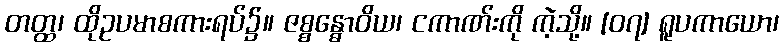
တတ္ထ၊ ထိုဥပမာစကားရပ်၌။ ဇစ္စန္ဓောဝိယ၊ ငကာဏ်းကို ကဲ့သို့။ [၀၇] ရူပကာယော၊